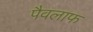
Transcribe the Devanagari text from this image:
पैवलाफ